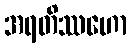
အရတိဿဟော